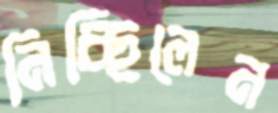
নিচ্ছিলেন